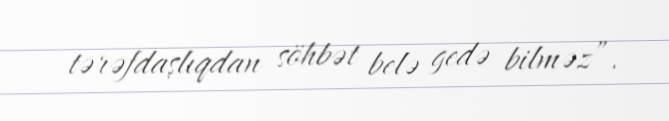
tərəfdaşlıqdan söhbət belə gedə bilməz”.